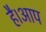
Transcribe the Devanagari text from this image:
है।आप